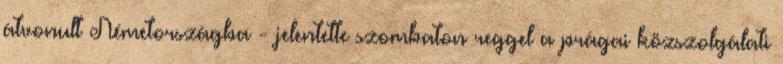
átvonult Németországba - jelentette szombaton reggel a prágai közszolgálati